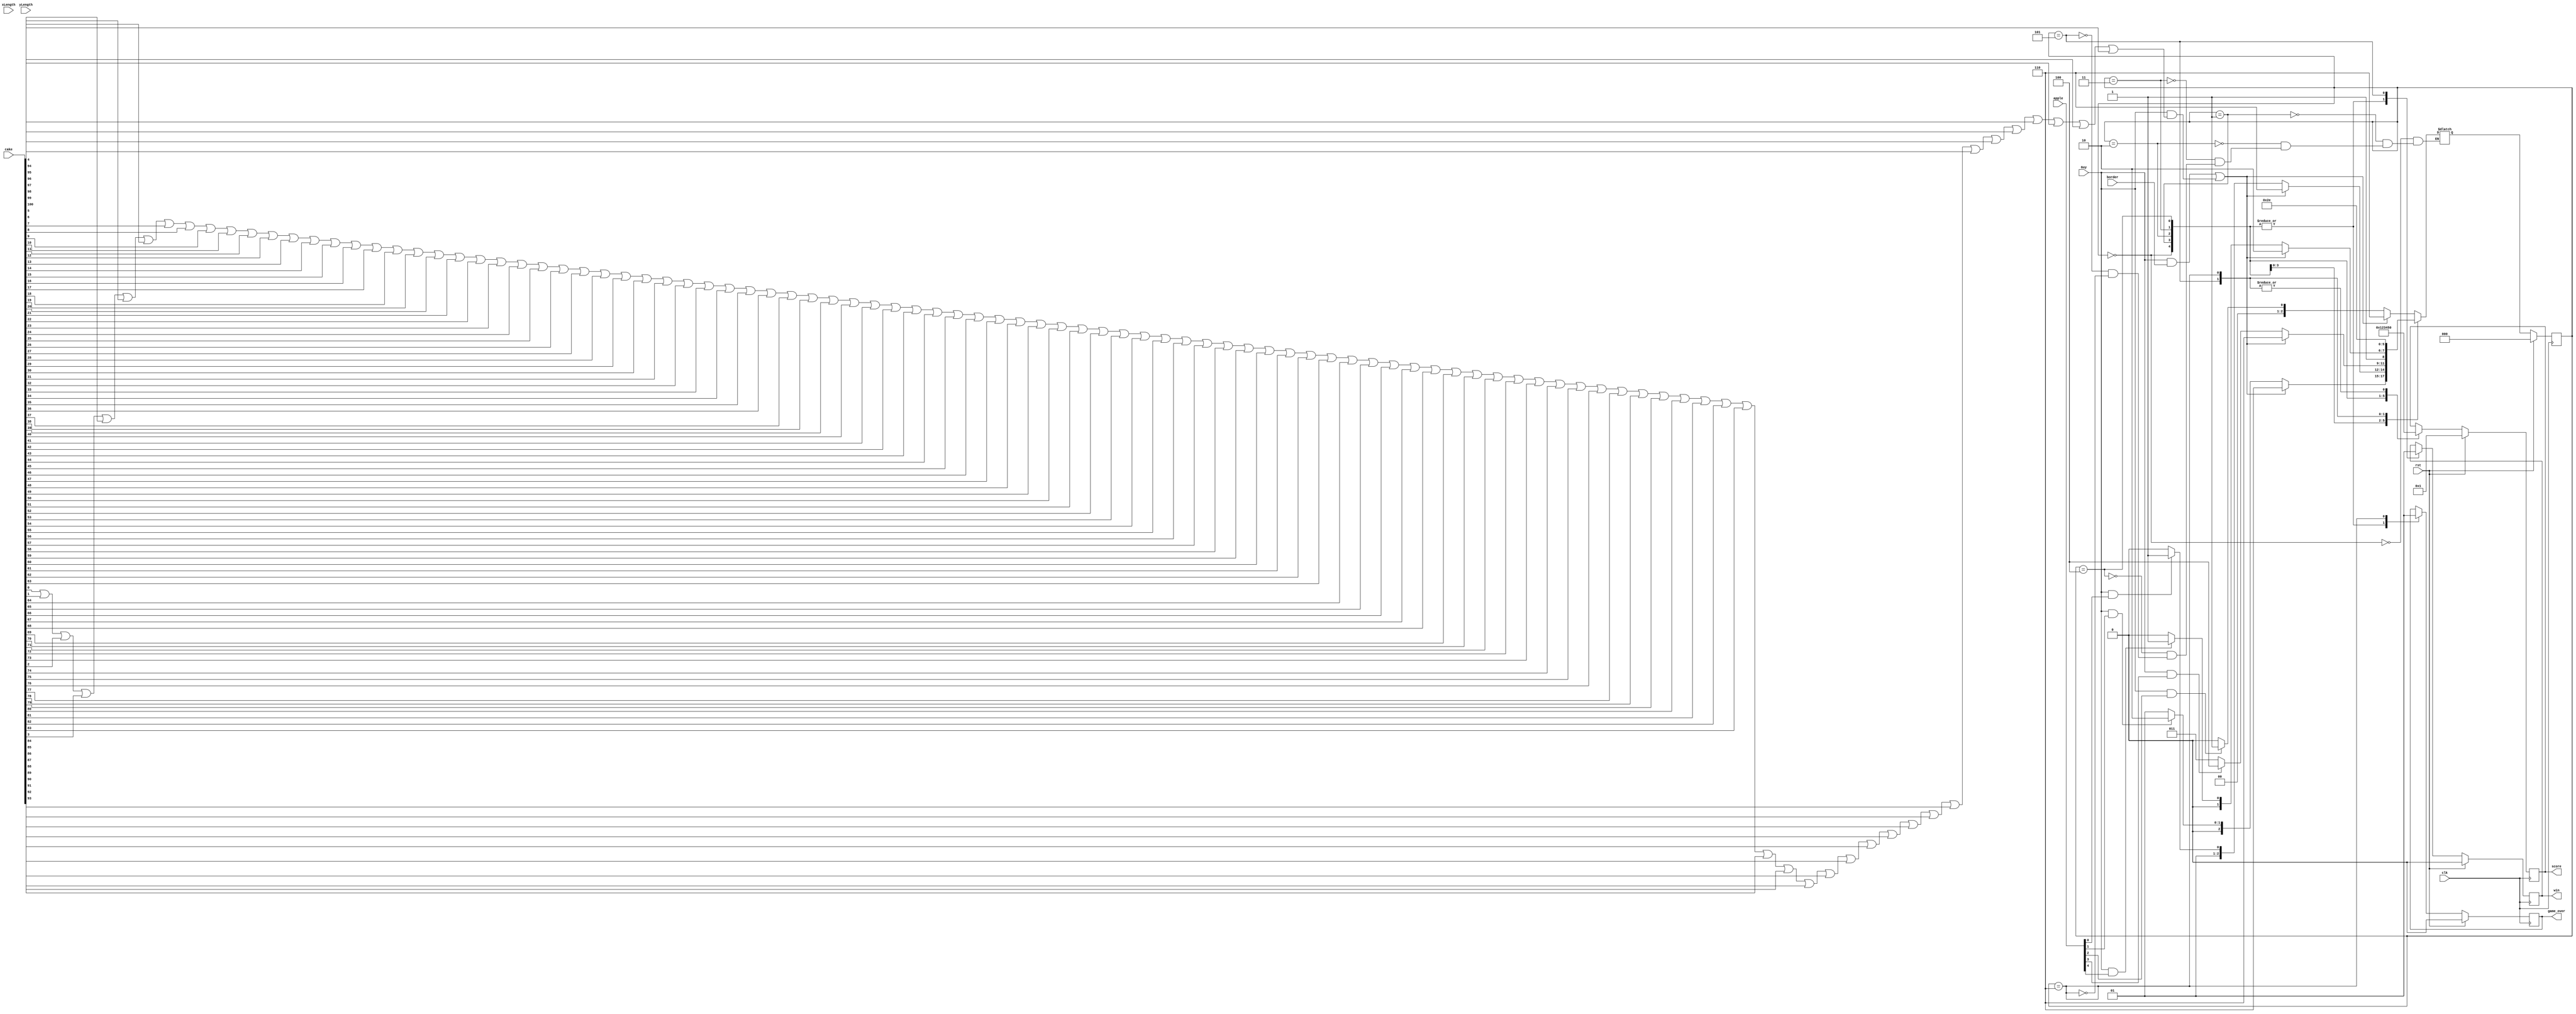
module collision (clk,rst,Guy,cake,border,apple,xLength,yLength,win,game_over, score); 

input clk, rst, Guy, border; //"Guy" is the player, Guy can not eat anymore cake or he will die
input [4:0] apple;
input [100:0]cake;
input [9:0]xLength;
input [9:0]yLength;
output win, game_over; //possible results of game: Guy hit by cake (lose) or Guy reaches all apples (win)
output [3:0] score; // tells player what apple they need to collect next
	
wire Guy;
wire [4:0] apple;
wire border;
wire [100:0]cake;

wire [9:0] xLength;
wire [9:0] yLength;

reg game_over; 
reg win;
reg [3:0] score;
	

wire [4:0]eat;//Guy eats an apple
wire hit; //Guy hit by cake

//assigns eat to scenarios
assign eat[0] = (Guy && apple[0]);
assign eat[1] = (Guy && apple[1]);
assign eat[2] = (Guy && apple[2]);
assign eat[3] = (Guy && apple[3]);
assign eat[4] = (Guy && apple[4]);

assign hit = (Guy && border) || (Guy && (cake[0] || cake[1] || cake[2] || cake[3] || cake[4] || cake[5] || cake[6] || cake[7] || cake[8] || cake[9] || cake[10] || cake [11] || cake[12] || cake[13] || cake[14] || cake[15] || cake[16] || cake[17] || cake[18] || cake[19] || cake[20] || cake[21] || cake[22] || cake[23] || cake[24] || cake[25] || cake[26] || cake[27] || cake[28] || cake[29] || cake[30] || cake[31] || cake[32] || cake[33] || cake[34] || cake[35] || cake[36] || cake[37] || cake[38] || cake[39] || cake[40] || cake[41] || cake[42] || cake[43] || cake[44] || cake[45] || cake[46] || cake[47] || cake[48] || cake[49] || cake[50] || cake[51] || cake[52] || cake[53] || cake[54] || cake[55] || cake [56] || cake[57] || cake[58] || cake[59] || cake[60] || cake[61] || cake[62] || cake[63] || cake[64] || cake[65] || cake[66] || cake[67] || cake[68] || cake[69] || cake[70] || cake[71] || cake[72] || cake[73] || cake[74] || cake[75] || cake[76] || cake[77] || cake[78] || cake[79] || cake[80] || cake[81] || cake[82] || cake[83] || cake[84] || cake[85] || cake[86] || cake[87] || cake[88] || cake[89] || cake[90] || cake[91] || cake[92] || cake[93] || cake[94] || cake[95] || cake[96] || cake[97] || cake[98] || cake[99] || cake[100] ));

//sets our states for game
localparam alive1 = 3'd0,
				alive2 = 3'd1,
				alive3 = 3'd2,
				alive4 = 3'd3,
				alive5 = 3'd4,
				winner = 3'd5,
				loser = 3'd6;
reg [2:0]S;
reg [2:0]NS;

always @(posedge clk)
	begin
		if (rst == 1'b1)
			begin
			S <= alive1;
			end
		else
			begin
			S <= NS;
			end
	end

always @(*) 
	case (S)
		alive1: 
			begin
				if (hit == 1'b1)
					NS = loser;
				else if(eat[2] == 1'b1)
					NS = alive2;
				else
					NS = alive1;
			end

			alive2: 
			begin
				if (hit == 1'b1)
					NS = loser;
				else if(eat[1] == 1'b1)
					NS = alive3;
				else
					NS = alive2;
			end
			
			alive3: 
			begin
				if (hit == 1'b1)
					NS = loser;
				else if(eat[0] == 1'b1)
					NS = alive4;
				else
					NS = alive3;
			end
			
			alive4: 
			begin
				if (hit == 1'b1)
					NS = loser;
				else if(eat[3] == 1'b1)
					NS = alive5;
				else
					NS = alive4;
			end
			
			alive5: 
			begin
				if (hit == 1'b1)
					NS = loser;
				else if(eat[4] == 1'b1)
					NS = winner;
				else
					NS = alive5;
			end
			
		winner:	//winner state
			NS = winner;
		loser:  //loser state
			NS = loser;
	endcase

always @(posedge clk) 
	begin
		if (rst == 1'b1)
			begin
				win <= 1'b0;
				game_over <= 1'b0;
				score <= 4'b0001;
			end
		else
			begin
				case (S)
					alive1:
						begin
							win <= 1'b0;
							game_over <= 1'b0;
							score <= 4'b0001;
						end
					alive2:
						begin
							win <= 1'b0;
							game_over <= 1'b0;
							score <= 4'b0010;
						end
					alive3:
						begin
							win <= 1'b0;
							game_over <= 1'b0;
							score <= 4'b0011;
						end
					alive4:
						begin
							win <= 1'b0;
							game_over <= 1'b0;
							score <= 4'b0100;
						end
					alive5:
						begin
							win <= 1'b0;
							game_over <= 1'b0;
							score <= 4'b0101;
						end
					winner:
						begin
						win <= 1'b1;
						score <= 4'b0000;
						end
					loser:
						begin
						game_over <= 1'b1;
						score <= 4'b0000;
						end
				endcase
			end
		
	end
		
endmodule